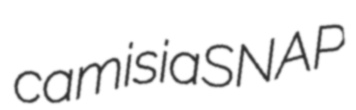
camisia SNAP